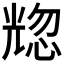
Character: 𰃒